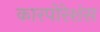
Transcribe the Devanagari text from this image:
कारपोरेशंस